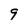
Character: 9